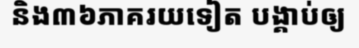
និង៣៦ភាគរយទៀត បង្គាប់ឲ្យ